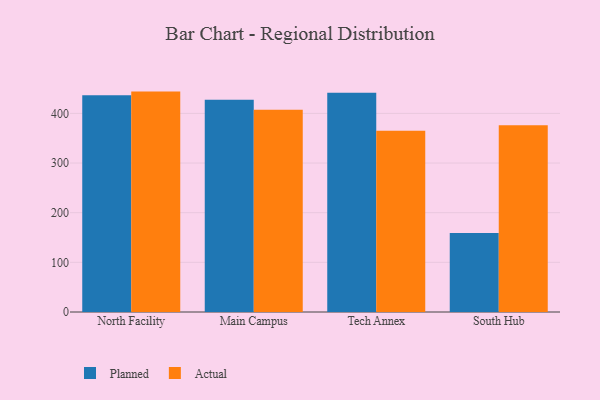
{"axis": {"x": "Campus", "y": "Operating Costs (USD K)"}, "legend": ["Actual", "Planned"], "data": [{"x": "North Facility", "y": 436.4, "type": "Planned"}, {"x": "North Facility", "y": 443.9, "type": "Actual"}, {"x": "Main Campus", "y": 427.7, "type": "Planned"}, {"x": "Main Campus", "y": 407.4, "type": "Actual"}, {"x": "Tech Annex", "y": 441.5, "type": "Planned"}, {"x": "Tech Annex", "y": 364.9, "type": "Actual"}, {"x": "South Hub", "y": 159.0, "type": "Planned"}, {"x": "South Hub", "y": 376.0, "type": "Actual"}]}